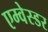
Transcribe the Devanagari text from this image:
एम्वेस्डर